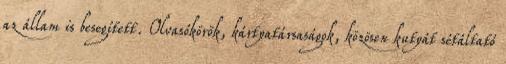
az állam is besegített. Olvasókörök, kártyatársaságok, közösen kutyát sétáltató